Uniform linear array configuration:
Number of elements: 12
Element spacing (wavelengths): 1
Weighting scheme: blackman
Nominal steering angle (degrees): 60
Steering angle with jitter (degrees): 59.137
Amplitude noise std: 0.05
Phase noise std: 0.05

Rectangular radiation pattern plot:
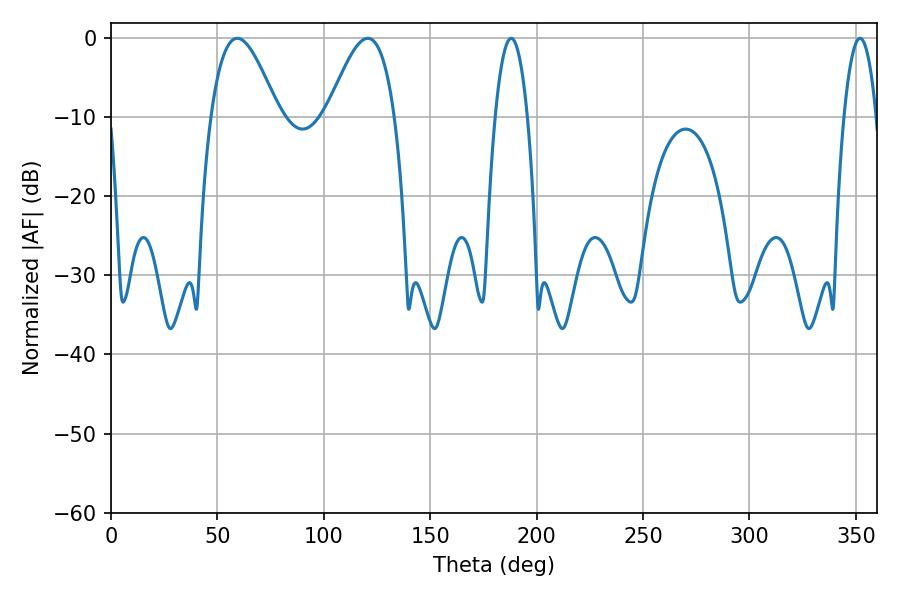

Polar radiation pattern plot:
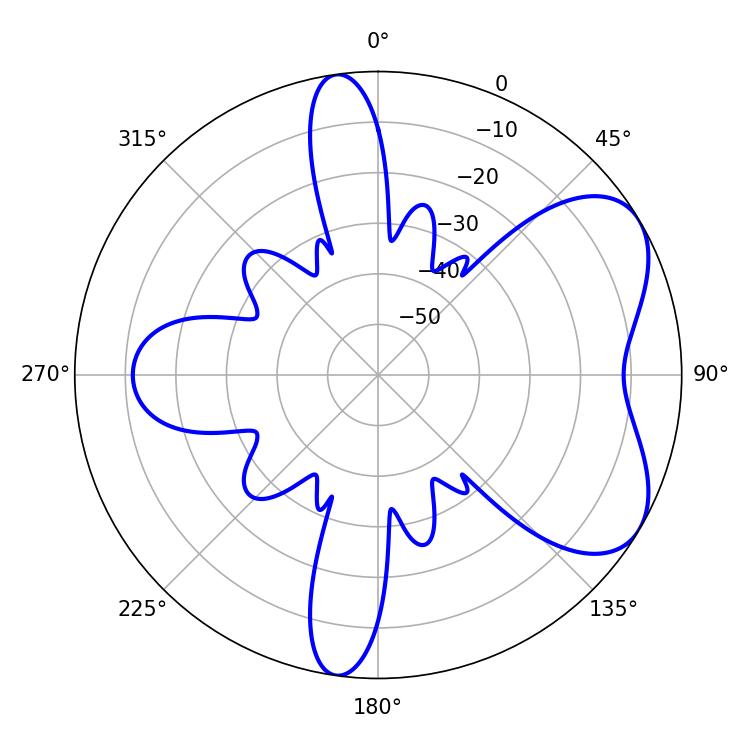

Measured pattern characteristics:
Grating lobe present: TRUE
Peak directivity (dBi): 5.852
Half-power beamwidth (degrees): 16.92
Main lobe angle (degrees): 59.4